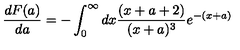
\frac { d F ( a ) } { d a } = - \int _ { 0 } ^ { \infty } d x \frac { ( x + a + 2 ) } { ( x + a ) ^ { 3 } } e ^ { - ( x + a ) }